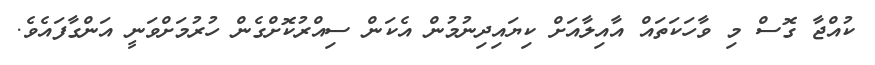
ކުއްޖާ ގޮސް މި ވާހަކަތައް އާއިލާއަށް ކިޔައިދިނުމުން އެކަން ސިއްރުކޮށްގެން ހުރުމަށްވަނީ އަންގާފައެވެ.